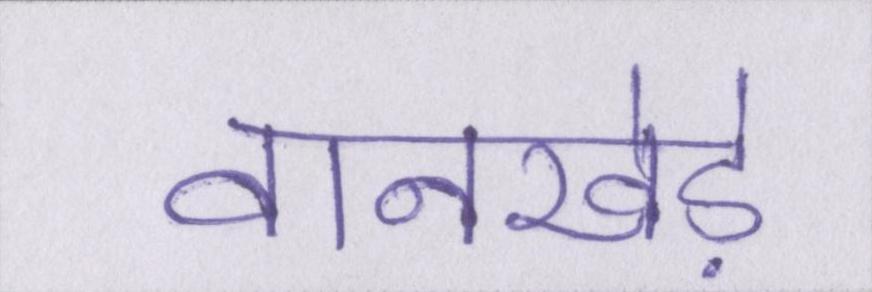
वानखेड़े